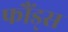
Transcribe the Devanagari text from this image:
फौंड्स